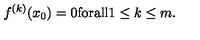
f ^ { ( k ) } ( x _ { 0 } ) = 0 \mathrm { f o r a l l } 1 \leq k \leq m .